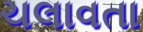
ચલાવતા